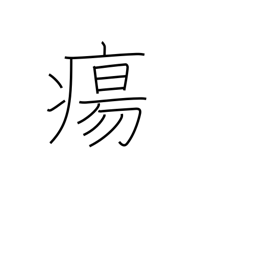
Meaning: swelling